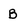
Character: B